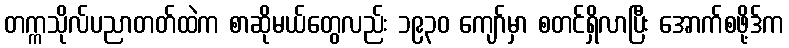
တက္ကသိုလ်ပညာတတ်ထဲက စာဆိုမယ်တွေလည်း ၁၉၃၀ ကျော်မှာ စတင်ရှိလာပြီး အောက်စဖို့ဒ်က